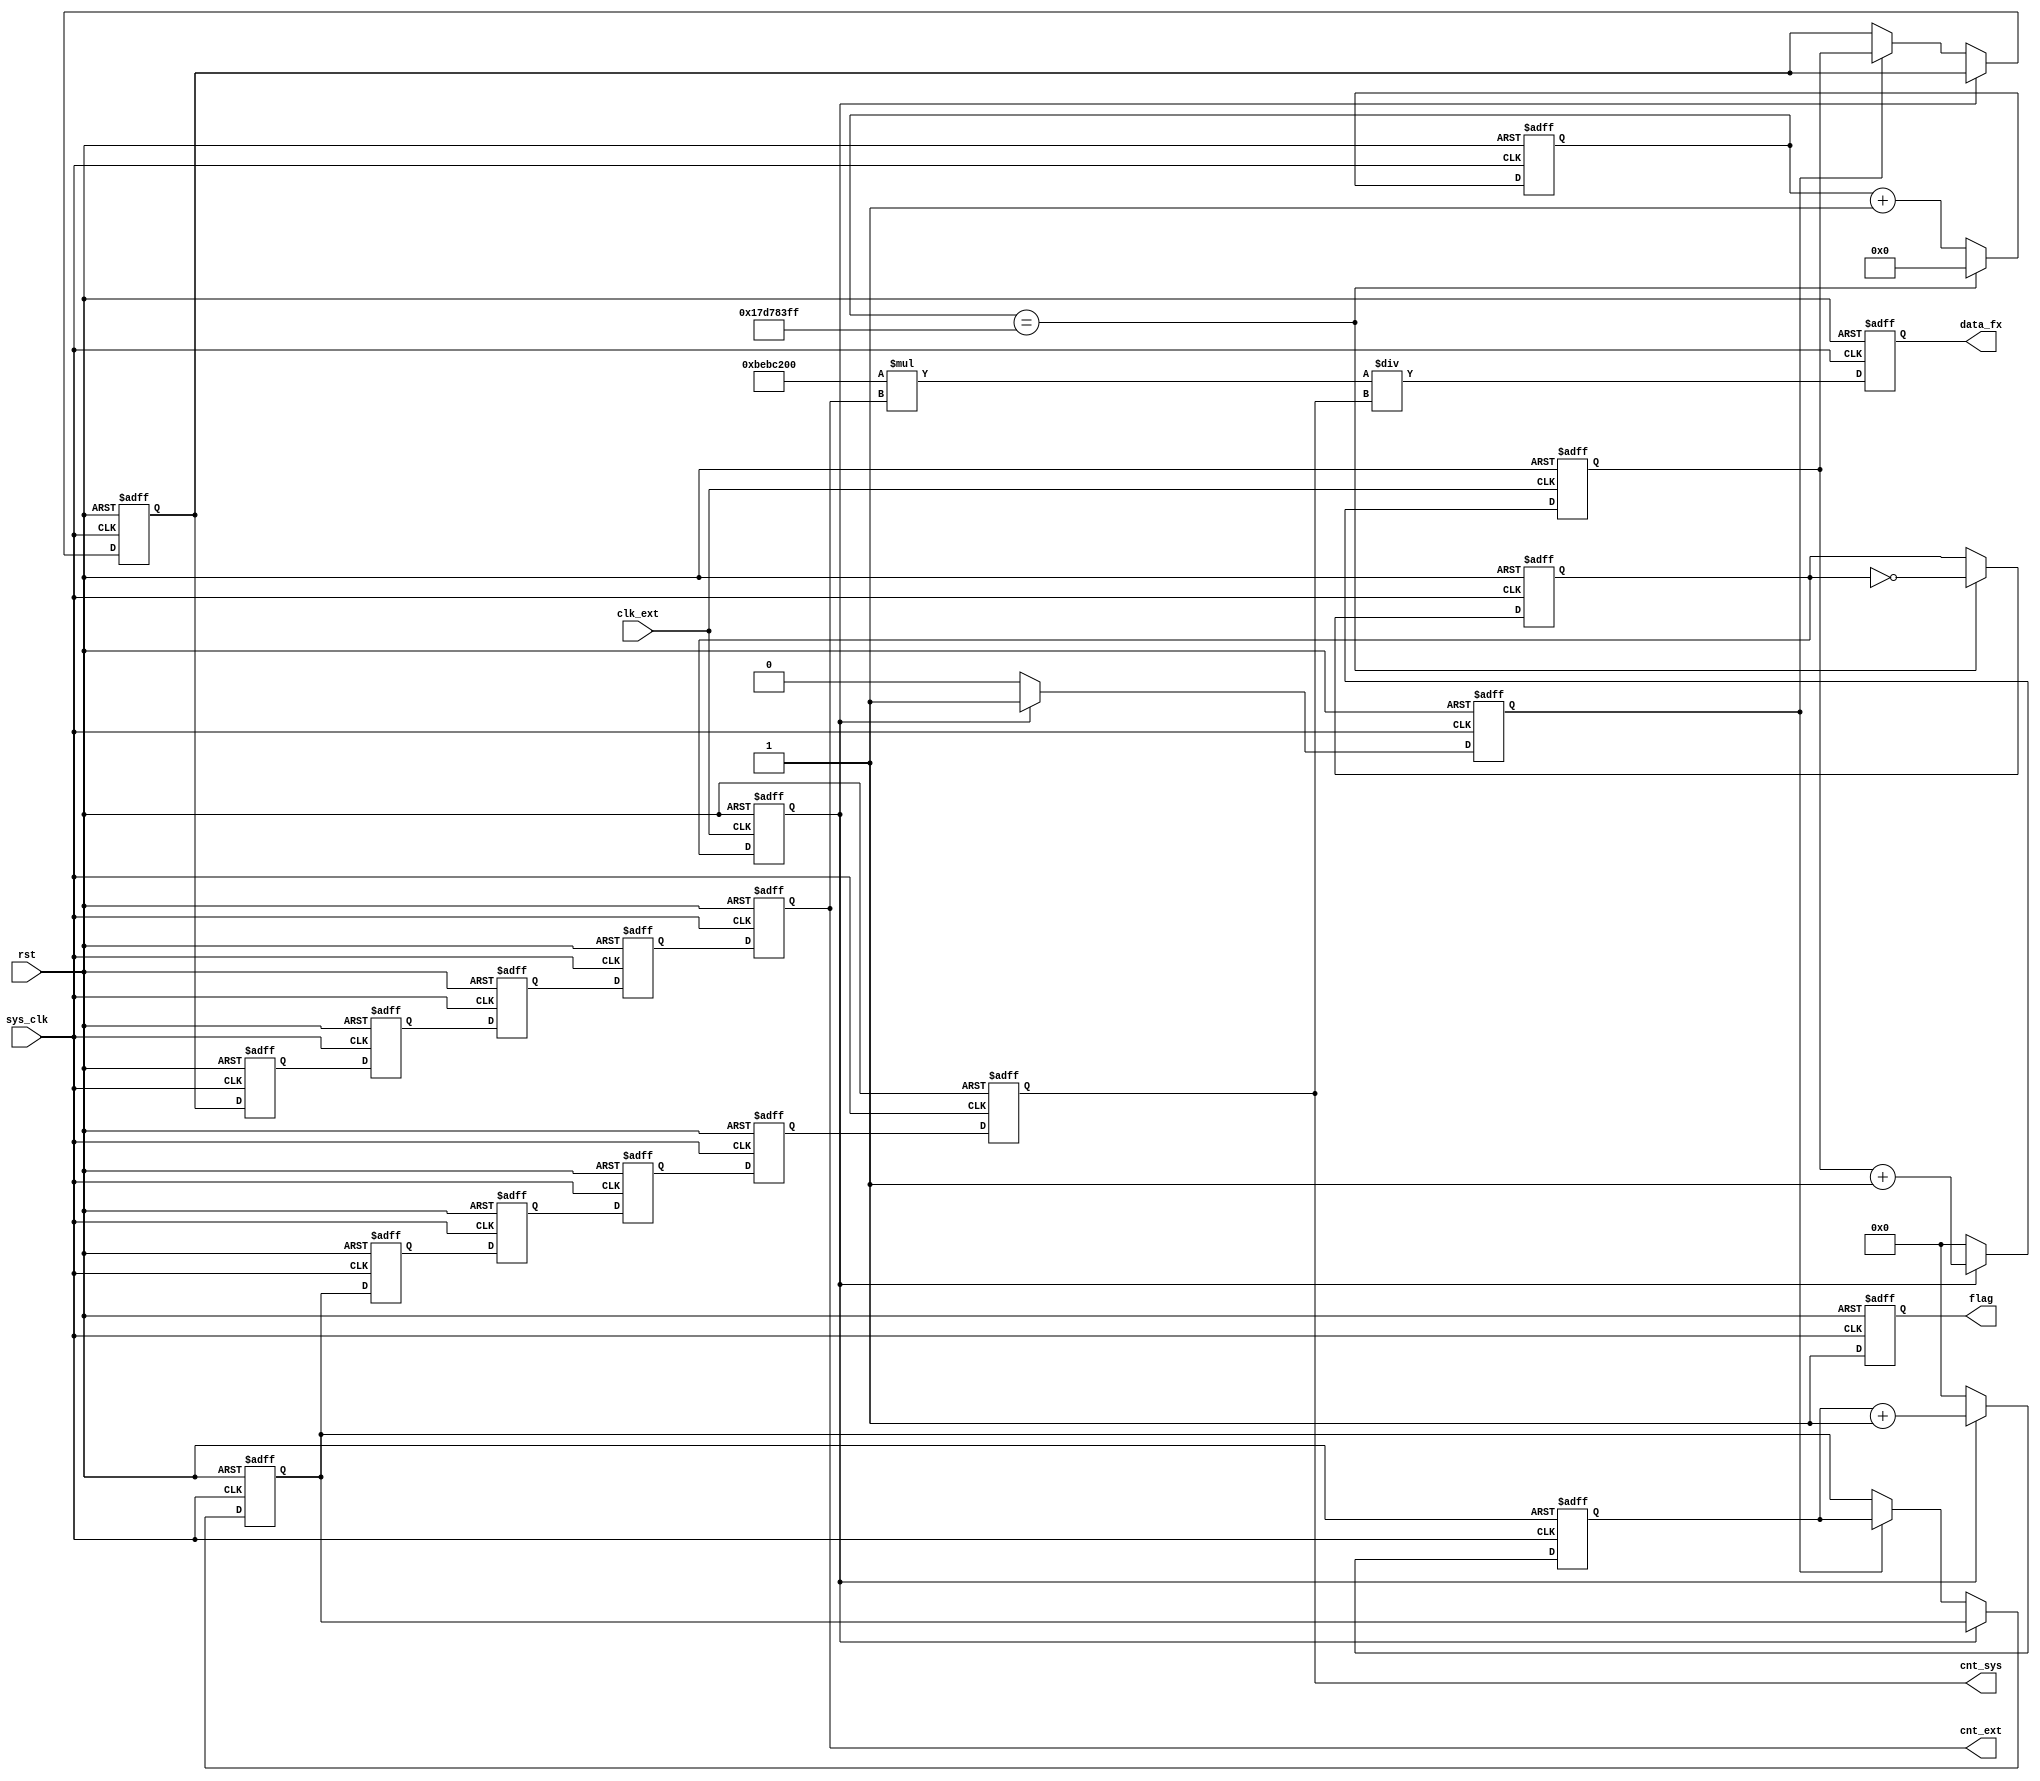
module get_fre
(
	sys_clk,
	rst    ,
	clk_ext,
	data_fx,				//FPGA
    cnt_sys,
    cnt_ext,
    flag
);
output reg   flag;
input sys_clk,rst,clk_ext;
output reg [63:0] data_fx;
output  [63:0] cnt_sys;
output  [63:0] cnt_ext;
//reg [31:0] cnt_sys,cnt_ext;

//parameter DELAY=32'd99_999_999;		//1Hz
parameter DELAY=64'd399_999_999;		//0.5Hz
parameter CLK_FS = 64'd200_000_000;
//parameter DELAY=32'd50;

reg [31:0] ref_door_cnt;		//
reg ref_door;				//
	
always @(posedge sys_clk or negedge rst)
if(!rst)
	ref_door_cnt<=DELAY;
else if(ref_door_cnt==DELAY)
	ref_door_cnt<=0;
else
	ref_door_cnt<=ref_door_cnt+1'b1;

always @(posedge sys_clk or negedge rst)
if(!rst)
	ref_door<=1'b0;
else if(ref_door_cnt==DELAY)
	ref_door<=~ref_door;
else
	ref_door<=ref_door;
	
reg real_door;				//
always @(posedge clk_ext or negedge rst)
if(!rst)
	real_door<=1'b0;
else
	real_door<=ref_door;


reg [63:0] ref_cnt;			//
always @(posedge sys_clk or negedge rst)
if(!rst)
	ref_cnt<=0;	
else if(!real_door)
	ref_cnt<=0;
else
	ref_cnt<=ref_cnt+1'b1;

reg [63:0] real_cnt;			//
always @(posedge clk_ext or negedge rst)
if(!rst)
	real_cnt<=0;
else if(!real_door)
	real_cnt<=0;
else
	real_cnt<=real_cnt+1'b1;	

reg [63:0] cnt_ext_0;
reg [63:0] cnt_sys_0;
reg first_in;
always @(posedge sys_clk or negedge rst)
if(!rst)
begin
	cnt_ext_0<=0;
	cnt_sys_0<=0;
	first_in<=1'b1;
end
else if(!real_door)
begin
	first_in<=1'b0;
	if(first_in)
		cnt_ext_0<=real_cnt;
	else
		cnt_ext_0<=cnt_ext_0;
	if(first_in)
		cnt_sys_0<=ref_cnt;
	else
		cnt_sys_0<=cnt_sys_0;
end
else
begin
	cnt_ext_0<=cnt_ext_0;
	cnt_sys_0<=cnt_sys_0;
	first_in<=1'b1;
end

reg [63:0] cnt_ext_1;
reg [63:0] cnt_sys_1;

always @(posedge sys_clk or negedge rst)
if(!rst)
begin
	cnt_ext_1<=0;
	cnt_sys_1<=0;
end
else
begin
	cnt_ext_1<=cnt_ext_0;
	cnt_sys_1<=cnt_sys_0;
end

reg [63:0] cnt_ext_2;
reg [63:0] cnt_sys_2;

always @(posedge sys_clk or negedge rst)
if(!rst)
begin
	cnt_ext_2<=0;
	cnt_sys_2<=0;
end
else
begin
	cnt_ext_2<=cnt_ext_1;
	cnt_sys_2<=cnt_sys_1;
end

reg [63:0] cnt_ext_3;
reg [63:0] cnt_sys_3;

always @(posedge sys_clk or negedge rst)
if(!rst)
begin
	cnt_ext_3<=0;
	cnt_sys_3<=0;
end
else
begin
	cnt_ext_3<=cnt_ext_2;
	cnt_sys_3<=cnt_sys_2;
end

reg [63:0] cnt_ext_4;
reg [63:0] cnt_sys_4;

always @(posedge sys_clk or negedge rst)
if(!rst)
begin
	cnt_ext_4<=0;
	cnt_sys_4<=0;
end
else
begin
	cnt_ext_4<=cnt_ext_3;
	cnt_sys_4<=cnt_sys_3;
end

reg [63:0] cnt_ext;
reg [63:0] cnt_sys;

always @(posedge sys_clk or negedge rst)
if(!rst)
begin
	cnt_ext<=0;
	cnt_sys<=0;
end
else
begin
	cnt_ext<=cnt_ext_4;
	cnt_sys<=cnt_sys_4;
end
//
always @(posedge sys_clk or negedge rst) begin
    if(!rst) begin
        data_fx <= 64'd0;
        flag<=0;
    end
    else  begin
        data_fx <= CLK_FS * cnt_ext / cnt_sys ;
        flag<=1;
    end
end
endmodule